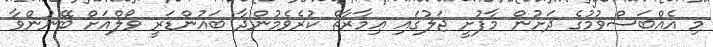
މި އެއްބަސްވުމުގެ ދަށުން މާފުށީ ޖަލުގައި ޢިމާރާތް ކުރެވެމުންދާ ބައުންޑަރީ ވޯލްއަށް ބޭނުންވާ